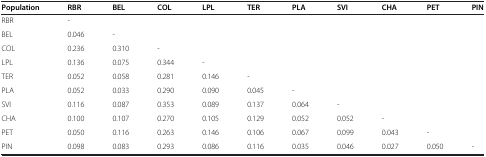
<table><thead><tr><td><b>Population</b></td><td><b>RBR</b></td><td><b>BEL</b></td><td><b>COL</b></td><td><b>LPL</b></td><td><b>TER</b></td><td><b>PLA</b></td><td><b>SVI</b></td><td><b>CHA</b></td><td><b>PET</b></td><td><b>PIN</b></td></tr></thead><tbody><tr><td>RBR</td><td>-</td><td></td><td></td><td></td><td></td><td></td><td></td><td></td><td></td><td></td></tr><tr><td>BEL</td><td>0.046</td><td>-</td><td></td><td></td><td></td><td></td><td></td><td></td><td></td><td></td></tr><tr><td>COL</td><td>0.236</td><td>0.310</td><td>-</td><td></td><td></td><td></td><td></td><td></td><td></td><td></td></tr><tr><td>LPL</td><td>0.136</td><td>0.075</td><td>0.344</td><td>-</td><td></td><td></td><td></td><td></td><td></td><td></td></tr><tr><td>TER</td><td>0.052</td><td>0.058</td><td>0.281</td><td>0.146</td><td>-</td><td></td><td></td><td></td><td></td><td></td></tr><tr><td>PLA</td><td>0.052</td><td>0.033</td><td>0.290</td><td>0.090</td><td>0.045</td><td>-</td><td></td><td></td><td></td><td></td></tr><tr><td>SVI</td><td>0.116</td><td>0.087</td><td>0.353</td><td>0.089</td><td>0.137</td><td>0.064</td><td>-</td><td></td><td></td><td></td></tr><tr><td>CHA</td><td>0.100</td><td>0.107</td><td>0.270</td><td>0.105</td><td>0.129</td><td>0.052</td><td>0.052</td><td>-</td><td></td><td></td></tr><tr><td>PET</td><td>0.050</td><td>0.116</td><td>0.263</td><td>0.146</td><td>0.106</td><td>0.067</td><td>0.099</td><td>0.043</td><td>-</td><td></td></tr><tr><td>PIN</td><td>0.098</td><td>0.083</td><td>0.293</td><td>0.086</td><td>0.116</td><td>0.035</td><td>0.046</td><td>0.027</td><td>0.050</td><td>-</td></tr></tbody></table>